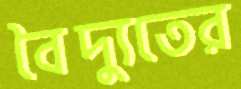
বৈদ্যুতের